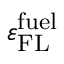
\varepsilon _ { \mathrm { F L } } ^ { \mathrm { f u e l } }